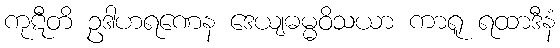
ကုဋီတိ ဥဒါဟရဏေန ဒေယျဓမ္မဝိသယာ ကာရူ ရထာဒီနံ